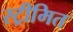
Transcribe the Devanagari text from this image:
स्ट्रीमित